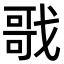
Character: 戨